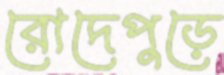
রোদেপুড়ে